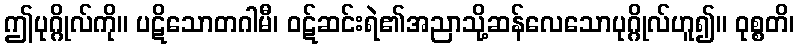
ဤပုဂ္ဂိုလ်ကို။ ပဋိသောတဂါမီ၊ ဝဋ်ဆင်းရဲ၏အညာသို့ဆန်လေသောပုဂ္ဂိုလ်ဟူ၍။ ဝုစ္စတိ၊